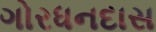
ગોરધનદાસ